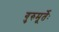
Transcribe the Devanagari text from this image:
गुरुमूर्तेः